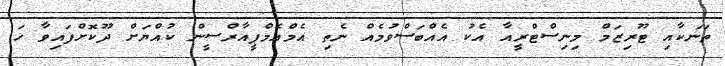
ތަނަކާއި ޓޫރިޒަމް މިނިސްޓްރީއާ އެކު އެއްބަސްވުމެއް ނެތި އެމްއެމްޕީއާރްސީން ކުއްޔަށް ދޫކޮށްފައިވާ ހަ